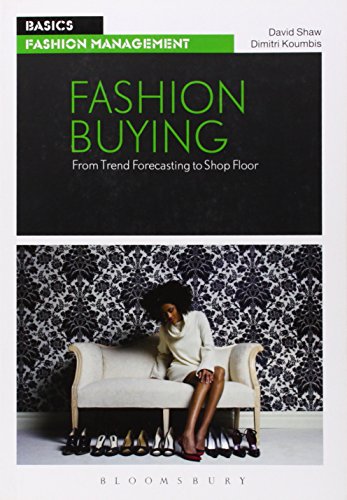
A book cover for Fashion Buying: From Trend Forecasting to Shop Floor (Basics); David Shaw; Arts & Photography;